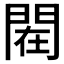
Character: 𰿟